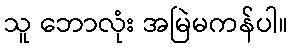
သူ ဘောလုံး အမြဲမကန်ပါ။